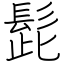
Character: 髭